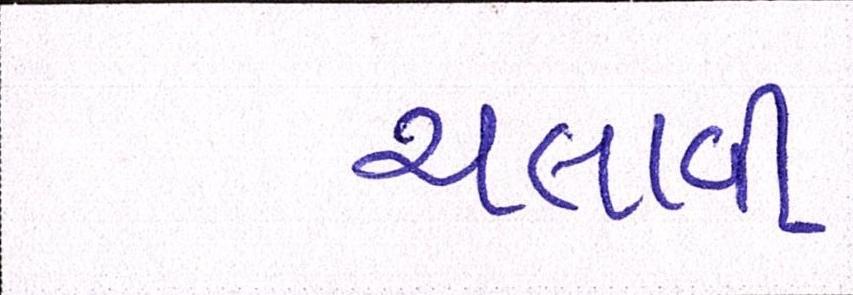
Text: ચલાવી